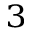
^ 3